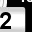
Digit: 2